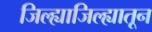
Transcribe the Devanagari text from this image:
जिल्ह्याजिल्ह्यातून